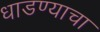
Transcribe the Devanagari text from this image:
धाडण्याचा